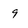
Character: 9